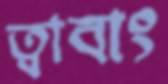
ত্বাবাং